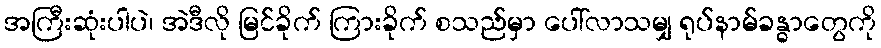
အကြီးဆုံးပါပဲ၊ အဲဒီလို မြင်ခိုက် ကြားခိုက် စသည်မှာ ပေါ်လာသမျှ ရုပ်နာမ်ခန္ဓာတွေကို